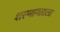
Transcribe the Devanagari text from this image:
शरणागताला